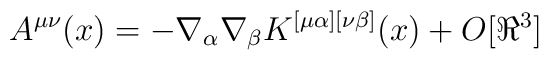
A^{\mu\nu}(x) = - \nabla_{\alpha} \nabla_{\beta}K^{[\mu\alpha][\nu\beta]}(x) + O[\Re^3]